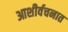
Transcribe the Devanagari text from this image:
आशीर्वचनात